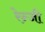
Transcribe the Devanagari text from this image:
रेन्जी